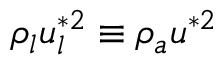
\rho _ { l } u _ { l } ^ { * 2 } \equiv \rho _ { a } u ^ { * 2 }